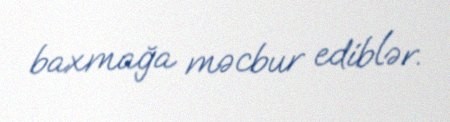
baxmağa məcbur ediblər.